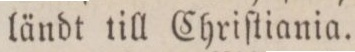
ländt till Chriſtiania.